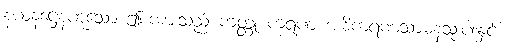
နယနဋ္ဌေနဟူသော ဤစကားသည် ကတ္တု ကရဏ အဓိကရဏသာဓနသုံးပါးနှင့်